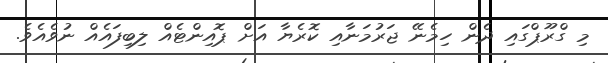
މި ގްރޫޕްގައި ދެން ހިމެނޭ ޖަރުމަނާއި ކޮރެޔާ އަށް ޕޮއިންޓެއް ލިބިފައެއް ނުވެއެވެ.